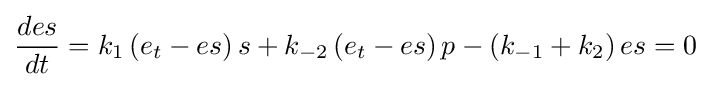
{\frac {des}{dt}}=k_{1}\left(e_{t}-es\right)s+k_{-2}\left(e_{t}-es\right)p-\left(k_{-1}+k_{2}\right)es=0